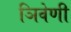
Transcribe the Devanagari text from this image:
ञिवेणी